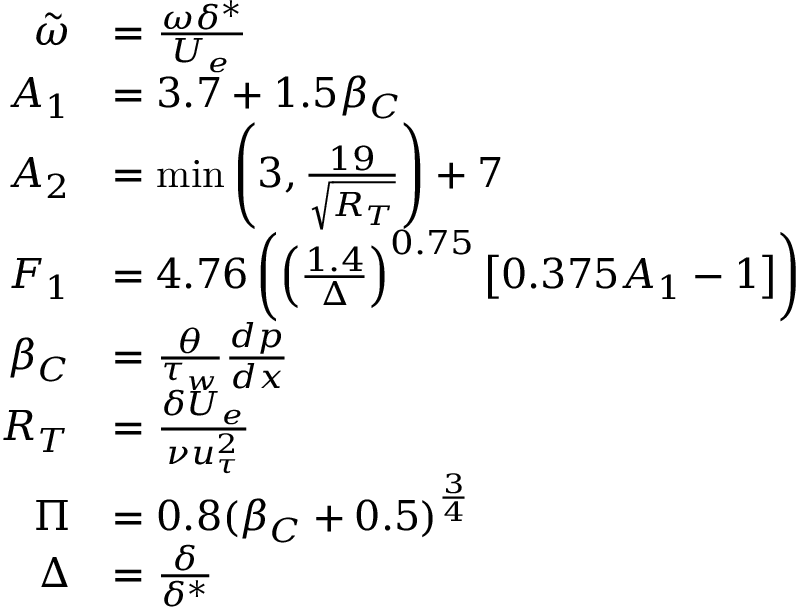
\begin{array} { r l } { \tilde { \omega } } & { = \frac { \omega \delta ^ { * } } { U _ { e } } } \\ { A _ { 1 } } & { = 3 . 7 + 1 . 5 \beta _ { C } } \\ { A _ { 2 } } & { = \operatorname* { m i n } \left( 3 , \frac { 1 9 } { \sqrt { R _ { T } } } \right) + 7 } \\ { F _ { 1 } } & { = 4 . 7 6 \left( \left( \frac { 1 . 4 } { \Delta } \right) ^ { 0 . 7 5 } \left[ 0 . 3 7 5 A _ { 1 } - 1 \right] \right) } \\ { \beta _ { C } } & { = \frac { \theta } { \tau _ { w } } \frac { d p } { d x } } \\ { R _ { T } } & { = \frac { \delta U _ { e } } { \nu u _ { \tau } ^ { 2 } } } \\ { \Pi } & { = 0 . 8 ( \beta _ { C } + 0 . 5 ) ^ { \frac { 3 } { 4 } } } \\ { \Delta } & { = \frac { \delta } { \delta ^ { * } } } \end{array}